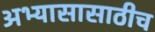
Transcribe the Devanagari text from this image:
अभ्यासासाठीच